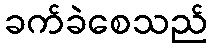
ခက်ခဲစေသည်